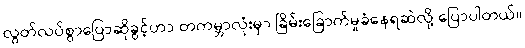
လွတ်လပ်စွာပြောဆိုခွင့်ဟာ တကမ္ဘာလုံးမှာ ခြိမ်းခြောက်မှုခံနေရဆဲလို့ ပြောပါတယ်။